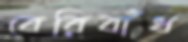
বেরিবাঁধ